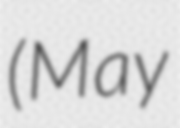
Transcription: (May